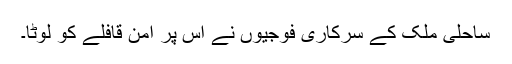
ساحلی ملک کے سرکاری فوجیوں نے اس پر امن قافلے کو لوٹا۔